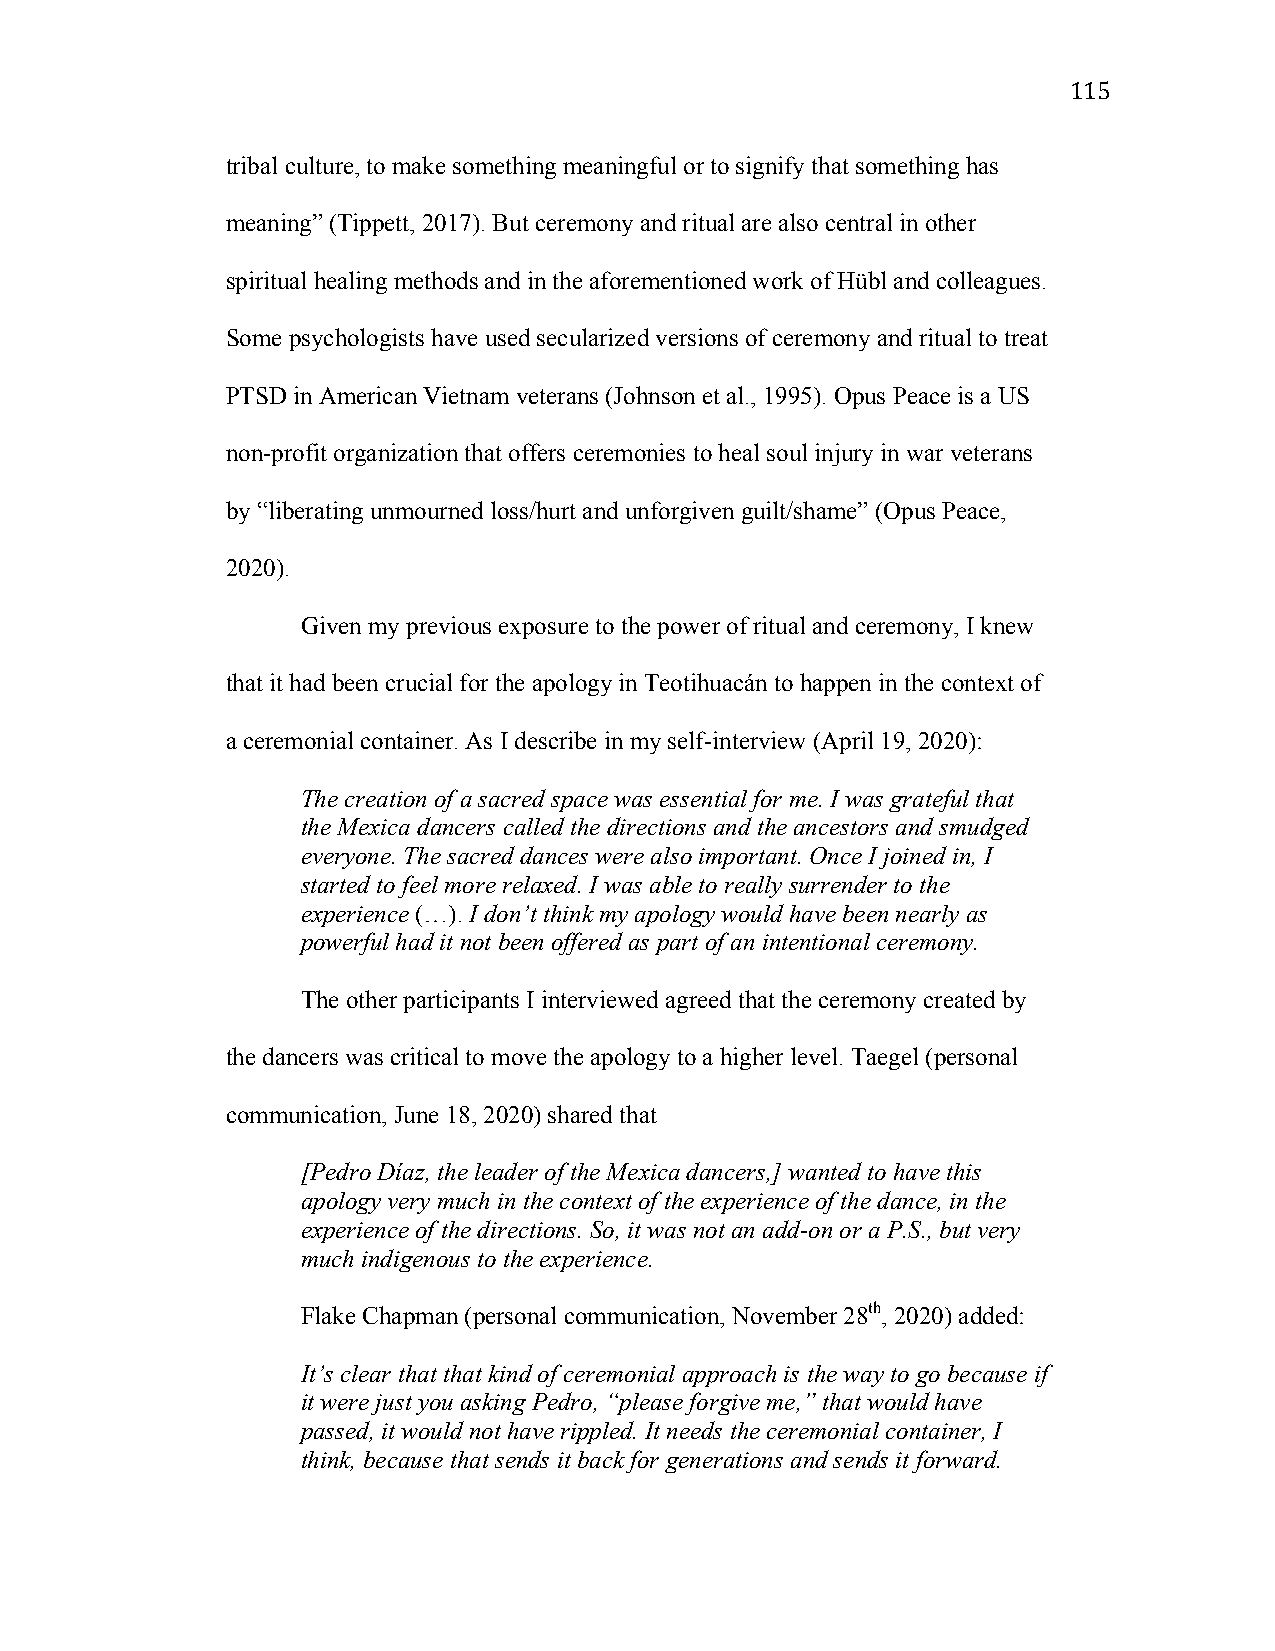
115
 tribal culture, to make something meaningful or to signify that something has
 meaning” (Tippett, 2017). But ceremony and ritual are also central in other
 spiritual healing methods and in the aforementioned work of Hübl and colleagues.
 Some psychologists have used secularized versions of ceremony and ritual to treat
 PTSD in American Vietnam veterans (Johnson et al., 1995). Opus Peace is a US
 non-profit organization that offers ceremonies to heal soul injury in war veterans
 by “liberating unmourned loss/hurt and unforgiven guilt/shame” (Opus Peace,
 2020).
 Given my previous exposure to the power of ritual and ceremony, I knew
 that it had been crucial for the apology in Teotihuacán to happen in the context of
 a ceremonial container. As I describe in my self-interview (April 19, 2020):
 The creation of a sacred space was essential for me. I was grateful that
 the Mexica dancers called the directions and the ancestors and smudged
 everyone. The sacred dances were also important. Once I joined in, I
 started to feel more relaxed. I was able to really surrender to the
 experience (…). I don’t think my apology would have been nearly as
 powerful had it not been offered as part of an intentional ceremony.
 The other participants I interviewed agreed that the ceremony created by
 the dancers was critical to move the apology to a higher level. Taegel (personal
 communication, June 18, 2020) shared that
 [Pedro Díaz, the leader of the Mexica dancers,] wanted to have this
 apology very much in the context of the experience of the dance, in the
 experience of the directions. So, it was not an add-on or a P.S., but very
 much indigenous to the experience.
 Flake Chapman (personal communication, November 28th, 2020) added:
 It’s clear that that kind of ceremonial approach is the way to go because if
 it were just you asking Pedro, “please forgive me,” that would have
 passed, it would not have rippled. It needs the ceremonial container, I
 think, because that sends it back for generations and sends it forward.